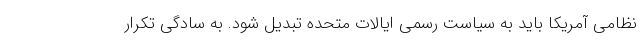
نظامی آمریکا باید به سیاست رسمی ایالات متحده تبدیل شود. به سادگی تکرار